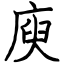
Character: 庾